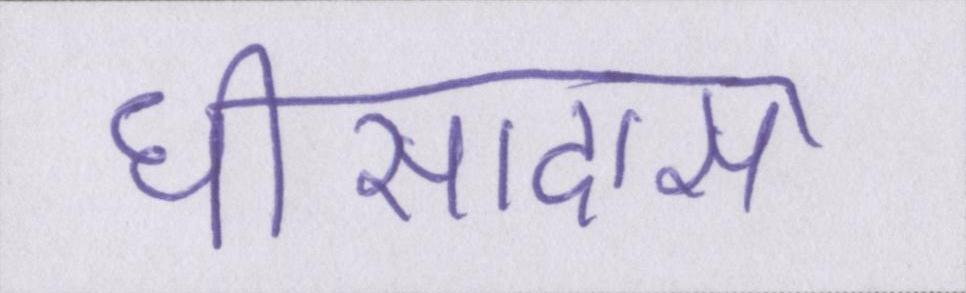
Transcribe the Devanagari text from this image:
घीसादास